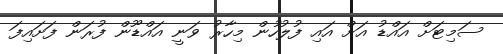
ސަމިޓަށް އައްޑު އަށް އައި ފުލުހުން މިހާރު ވަނީ އައްޑޫން ފުރަން ފަށައިފަ